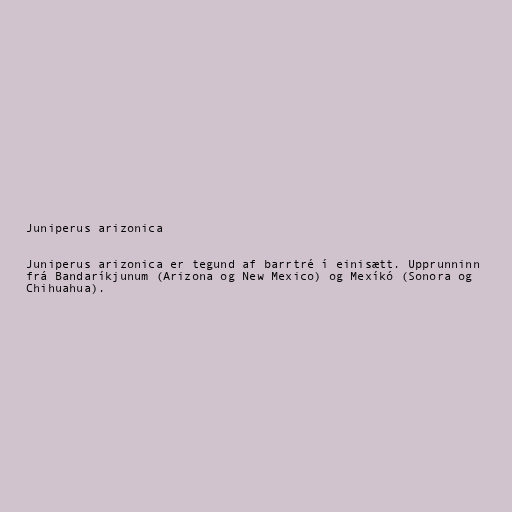
Juniperus arizonica

Juniperus arizonica er tegund af barrtré í einisætt. Upprunninn
frá Bandaríkjunum (Arizona og New Mexico) og Mexíkó (Sonora og
Chihuahua).